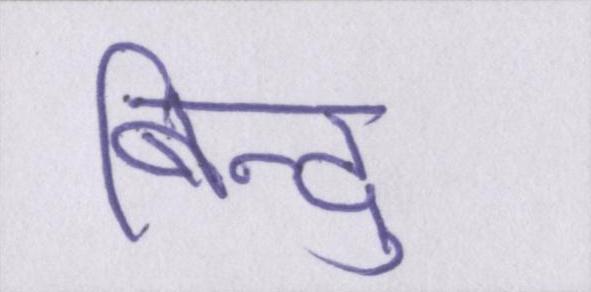
बिन्दु